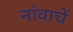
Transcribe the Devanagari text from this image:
नांवाचें